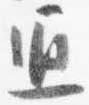
通